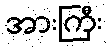
အားကြီး